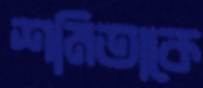
শমিতাকে